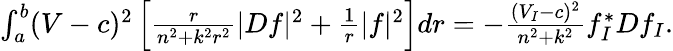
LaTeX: \begin{array}{r}{\int_{a}^{b}(V-c)^{2}\left[\frac{r}{n^{2}+k^{2}r^{2}}|Df|^{2}+\frac{1}{r}|f|^{2}\right]dr=-\frac{(V_{I}-c)^{2}}{n^{2}+k^{2}}f_{I}^{*}Df_{I}.}\end{array}